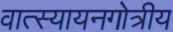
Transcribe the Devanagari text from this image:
वात्स्यायनगोत्रीय